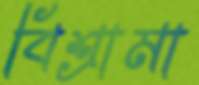
বিশ্রামা